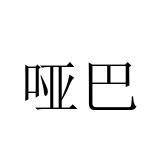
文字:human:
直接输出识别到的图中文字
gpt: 哑巴